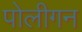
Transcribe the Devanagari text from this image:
पोलीगन